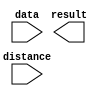
// megafunction wizard: %LPM_CLSHIFT%VBB%
// GENERATION: STANDARD
// VERSION: WM1.0
// MODULE: LPM_CLSHIFT 

// ============================================================
// Megafunction Name(s):
// 			LPM_CLSHIFT
//
// Simulation Library Files(s):
// 			
// ============================================================
// ************************************************************
// THIS IS A WIZARD-GENERATED FILE. DO NOT EDIT THIS FILE!
//
// 13.0.1 Build 232 06/12/2013 SP 1 SJ Full Version
// ************************************************************

//Copyright (C) 1991-2013 Altera Corporation
//Your use of Altera Corporation's design tools, logic functions 
//and other software and tools, and its AMPP partner logic 
//functions, and any output files from any of the foregoing 
//(including device programming or simulation files), and any 
//associated documentation or information are expressly subject 
//to the terms and conditions of the Altera Program License 
//Subscription Agreement, Altera MegaCore Function License 
//Agreement, or other applicable license agreement, including, 
//without limitation, that your use is for the sole purpose of 
//programming logic devices manufactured by Altera and sold by 
//Altera or its authorized distributors.  Please refer to the 
//applicable agreement for further details.

module lpm_clshift1 (
	data,
	distance,
	result);

	input	[29:0]  data;
	input	[4:0]  distance;
	output	[29:0]  result;

endmodule

// ============================================================
// CNX file retrieval info
// ============================================================
// Retrieval info: PRIVATE: INTENDED_DEVICE_FAMILY STRING "Cyclone III"
// Retrieval info: PRIVATE: LPM_SHIFTTYPE NUMERIC "0"
// Retrieval info: PRIVATE: LPM_WIDTH NUMERIC "30"
// Retrieval info: PRIVATE: SYNTH_WRAPPER_GEN_POSTFIX STRING "0"
// Retrieval info: PRIVATE: lpm_widthdist NUMERIC "5"
// Retrieval info: PRIVATE: lpm_widthdist_style NUMERIC "0"
// Retrieval info: PRIVATE: new_diagram STRING "1"
// Retrieval info: PRIVATE: port_direction NUMERIC "1"
// Retrieval info: LIBRARY: lpm lpm.lpm_components.all
// Retrieval info: CONSTANT: LPM_SHIFTTYPE STRING "LOGICAL"
// Retrieval info: CONSTANT: LPM_TYPE STRING "LPM_CLSHIFT"
// Retrieval info: CONSTANT: LPM_WIDTH NUMERIC "30"
// Retrieval info: CONSTANT: LPM_WIDTHDIST NUMERIC "5"
// Retrieval info: USED_PORT: data 0 0 30 0 INPUT NODEFVAL "data[29..0]"
// Retrieval info: USED_PORT: distance 0 0 5 0 INPUT NODEFVAL "distance[4..0]"
// Retrieval info: USED_PORT: result 0 0 30 0 OUTPUT NODEFVAL "result[29..0]"
// Retrieval info: CONNECT: @data 0 0 30 0 data 0 0 30 0
// Retrieval info: CONNECT: @direction 0 0 0 0 VCC 0 0 0 0
// Retrieval info: CONNECT: @distance 0 0 5 0 distance 0 0 5 0
// Retrieval info: CONNECT: result 0 0 30 0 @result 0 0 30 0
// Retrieval info: GEN_FILE: TYPE_NORMAL lpm_clshift1.v TRUE
// Retrieval info: GEN_FILE: TYPE_NORMAL lpm_clshift1.inc FALSE
// Retrieval info: GEN_FILE: TYPE_NORMAL lpm_clshift1.cmp FALSE
// Retrieval info: GEN_FILE: TYPE_NORMAL lpm_clshift1.bsf TRUE FALSE
// Retrieval info: GEN_FILE: TYPE_NORMAL lpm_clshift1_inst.v FALSE
// Retrieval info: GEN_FILE: TYPE_NORMAL lpm_clshift1_bb.v TRUE